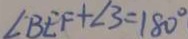
\angle B E F + \angle 3 = 1 8 0 ^ { \circ }